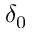
\delta _ { 0 }